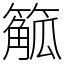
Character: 䉉